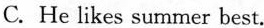
C. He likes summer best.